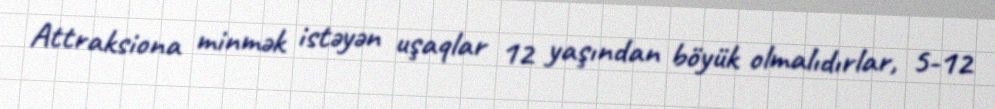
Attraksiona minmək istəyən uşaqlar 12 yaşından böyük olmalıdırlar, 5-12